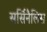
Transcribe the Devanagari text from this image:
सर्सिनैलिस